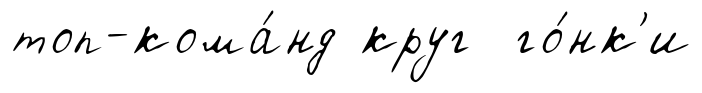
топ-кома́нд круг го́нк'и